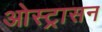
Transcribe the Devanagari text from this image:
ओस्ट्रासन